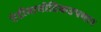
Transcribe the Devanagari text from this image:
एंटीबायोटिकउपचार